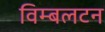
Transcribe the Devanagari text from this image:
विम्‍बलटन